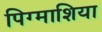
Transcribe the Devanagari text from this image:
पिग्माशिया